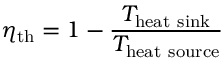
\eta _ { \mathrm { t h } } = 1 - { \frac { T _ { \mathrm { h e a t ~ s i n k } } } { T _ { \mathrm { h e a t ~ s o u r c e } } } }